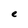
Character: e